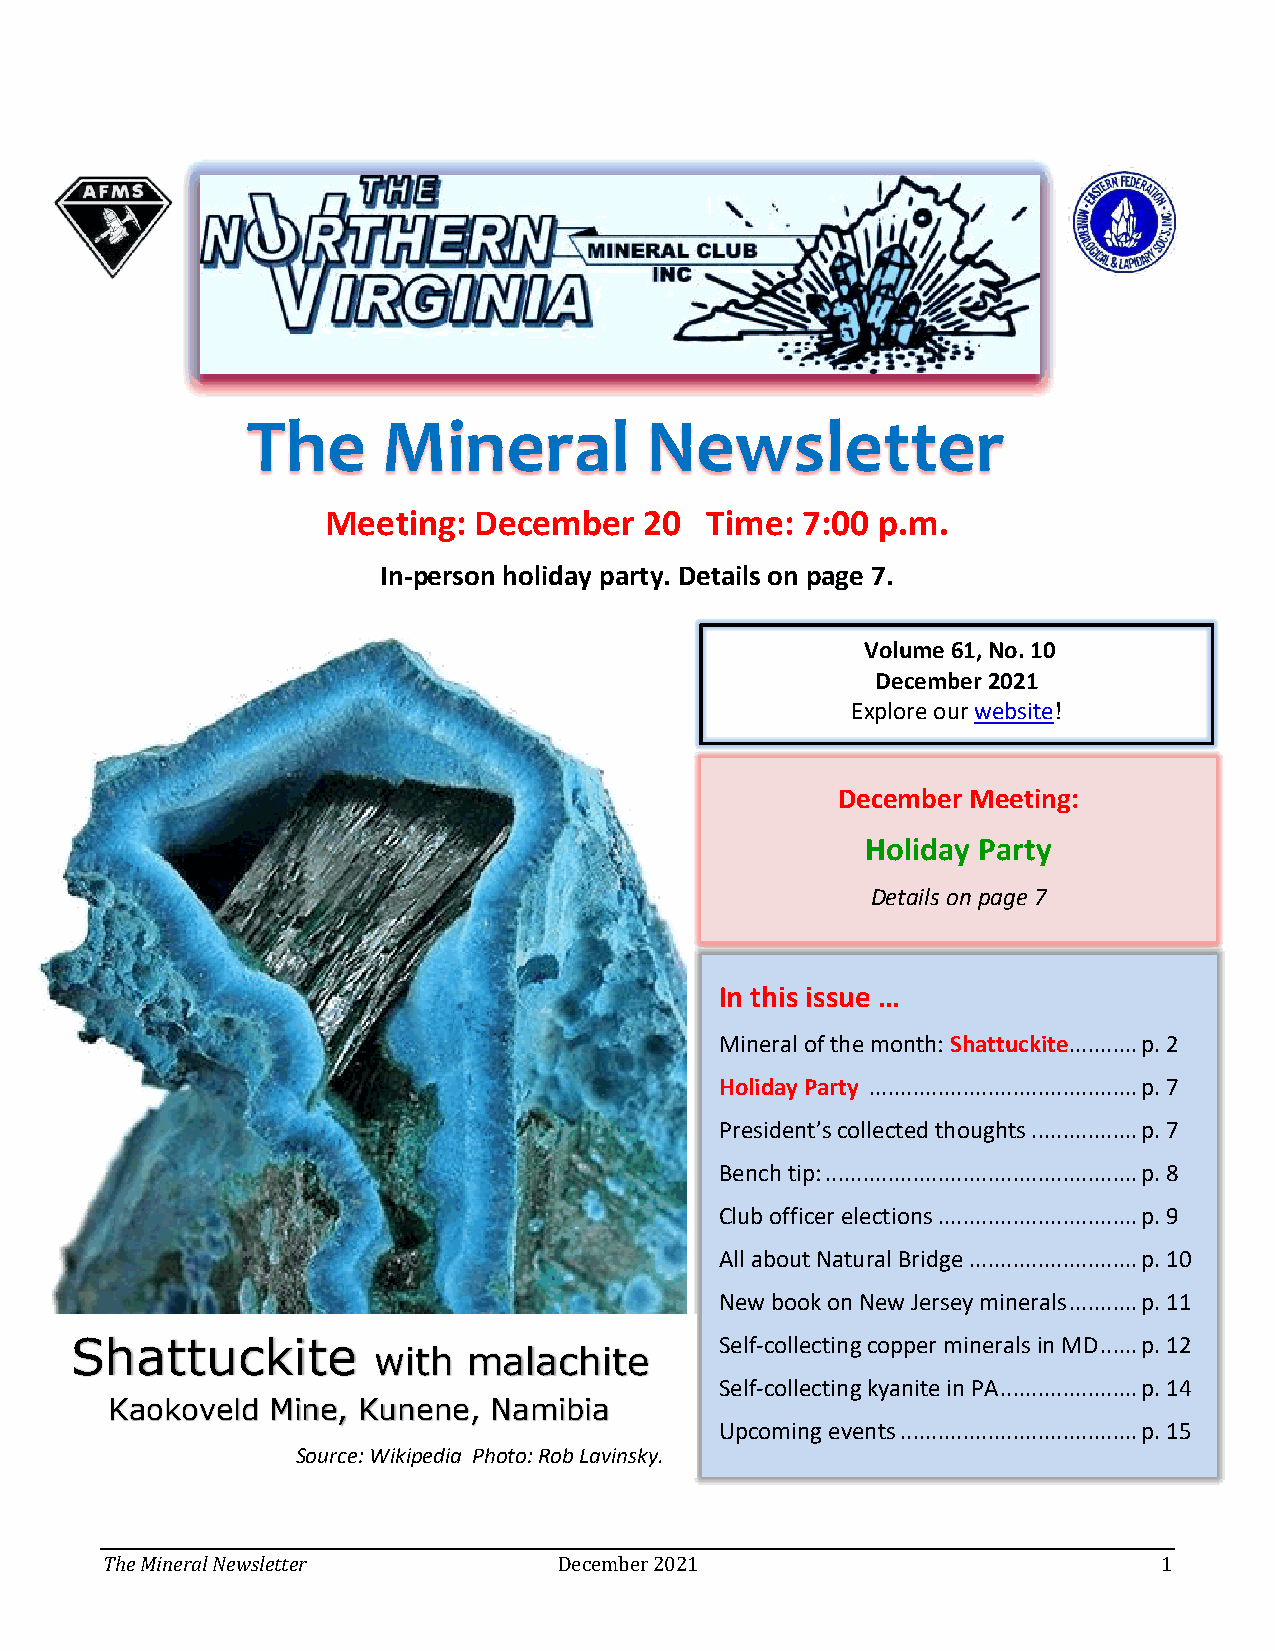
The      Mineral           Newsletter
 Meeting: December    20  Time: 7:00 p.m.
 In-person holiday party. Details on page 7.
 Volume 61, No. 10
 December 2021
 Explore our website!
 December Meeting:
 Holiday Party
 Details on page 7
 In this issue …
 Mineral of the month: Shattuckite ........... p. 2
 Holiday Party ........................................... p. 7
 President’s collected thoughts ................. p. 7
 Bench tip: .................................................. p. 8
 Club officer elections ................................ p. 9
 All about Natural Bridge ........................... p. 10
 New book on New Jersey minerals ........... p. 11
 Shattuckite                                Self-collecting copper minerals in MD ...... p. 12
 with  malachite
 Self-collecting kyanite in PA ...................... p. 14
 Kaokoveld  Mine, Kunene, Namibia
 Upcoming events ...................................... p. 15
 Source: Wikipedia Photo: Rob Lavinsky.
 The Mineral Newsletter        December 2021                           1